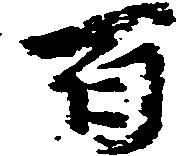
百